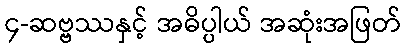
၄-ဆဗ္ဗဿနှင့် အဓိပ္ပါယ် အဆုံးအဖြတ်